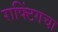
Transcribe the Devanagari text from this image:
राफ्टिंगचा